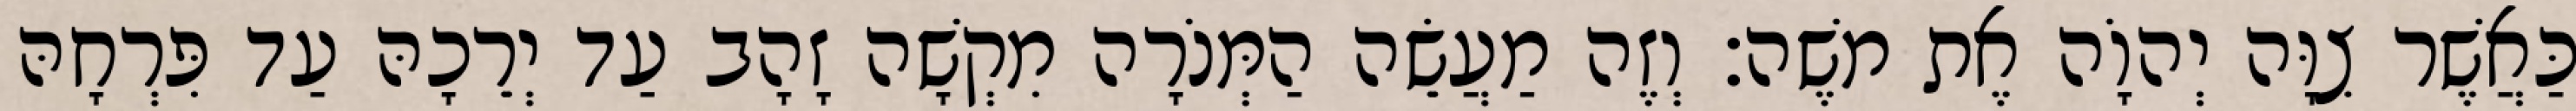
כַּאֲשֶׁר צִוָּה יְהוָֹה אֶת משֶׁה׃ וְזֶה מַעֲשֵׂה הַמְּנֹרָה מִקְשָׁה זָהָב עַד יְרֵכָהּ עַד פִּרְחָהּ